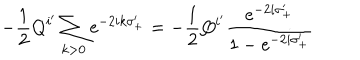
- \frac { 1 } { 2 } Q ^ { i ^ { \prime } } \sum _ { k > 0 } \mathrm { e } ^ { - 2 i k \sigma _ { + } ^ { \prime } } = - \frac { 1 } { 2 } Q ^ { i ^ { \prime } } \frac { \mathrm { e } ^ { - 2 i \sigma _ { + } ^ { \prime } } } { 1 - \mathrm { e } ^ { - 2 i \sigma _ { + } ^ { \prime } } }